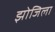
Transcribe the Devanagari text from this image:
झोजिला